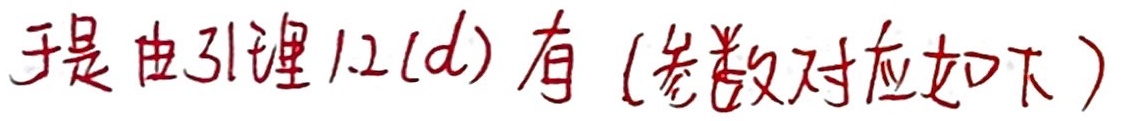
于是由引理 1.2(d) 有 (参数对应如下)